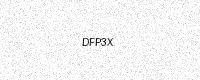
Text: DFP3X